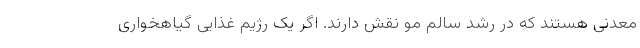
معدنی هستند که در رشد سالم مو نقش دارند. اگر یک رژیم غذایی گیاهخواری